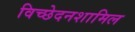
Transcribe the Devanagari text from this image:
विच्छेदनशामिल